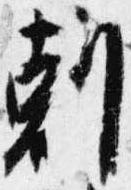
剋